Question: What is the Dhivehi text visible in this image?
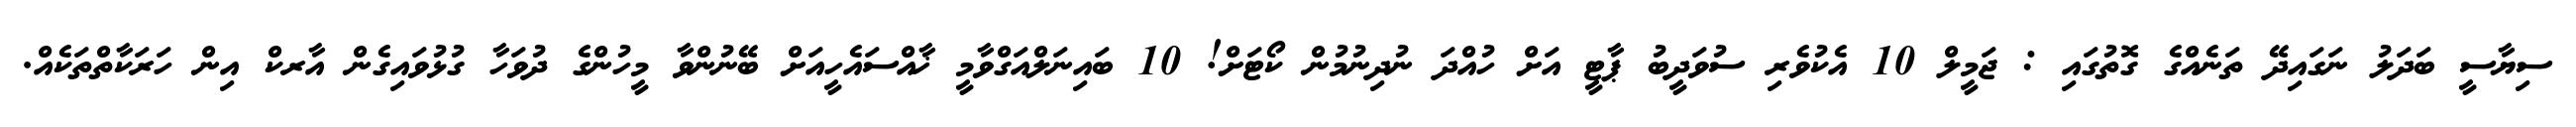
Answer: ސިޔާސީ ބަދަލު ނަގައިދޭ ތަނެއްގެ ގޮތުގައި : ޖަމީލް 10 އެކުވެރި ސުވަދީބު ޕާޓީ އަށް ހުއްދަ ނުދިނުމުން ކޯޓަށް! 10 ބައިނަލްއަގްވާމީ ޚާއްސައެހީއަށް ބޭނުންވާ މީހުންގެ ދުވަހާ ގުޅުވައިގެން އާރކް އިން ހަރަކާތްތަކެއް.